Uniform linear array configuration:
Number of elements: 48
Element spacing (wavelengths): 0.25
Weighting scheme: hamming
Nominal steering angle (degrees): -45
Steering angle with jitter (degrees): -44.761
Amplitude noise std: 0.05
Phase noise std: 0.05

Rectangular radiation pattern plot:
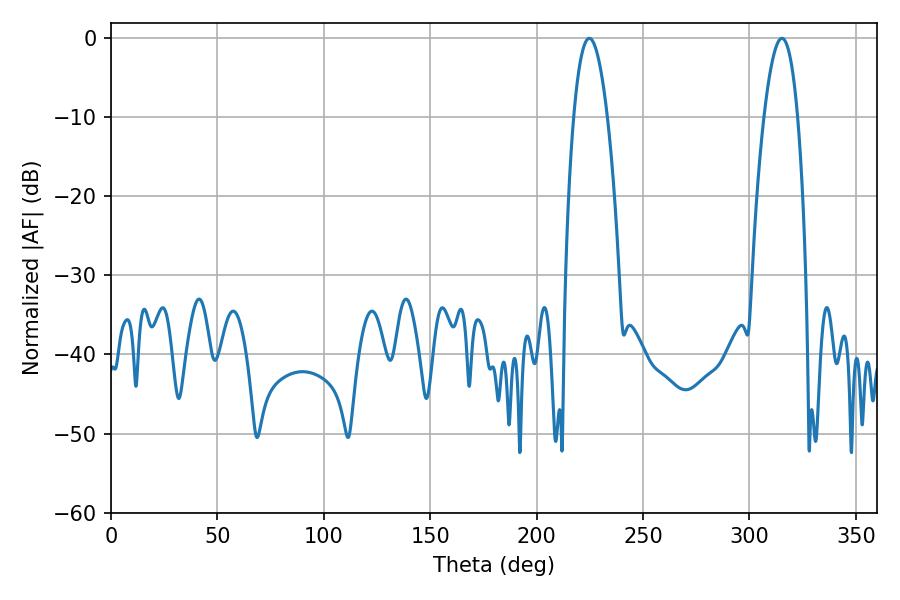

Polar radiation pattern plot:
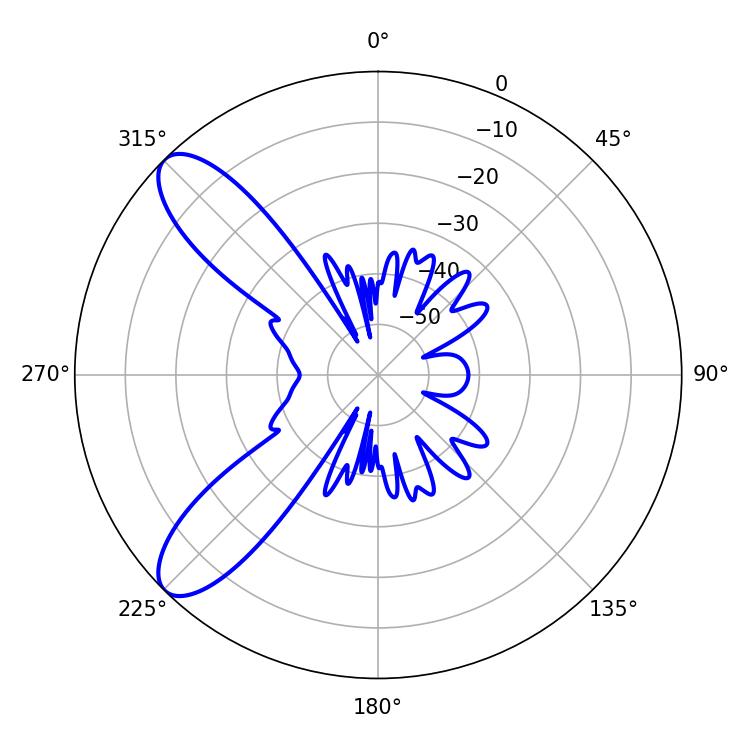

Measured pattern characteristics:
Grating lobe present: FALSE
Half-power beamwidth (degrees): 8.82
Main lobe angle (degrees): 315.18